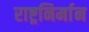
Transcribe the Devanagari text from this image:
राष्ट्रनिर्मान